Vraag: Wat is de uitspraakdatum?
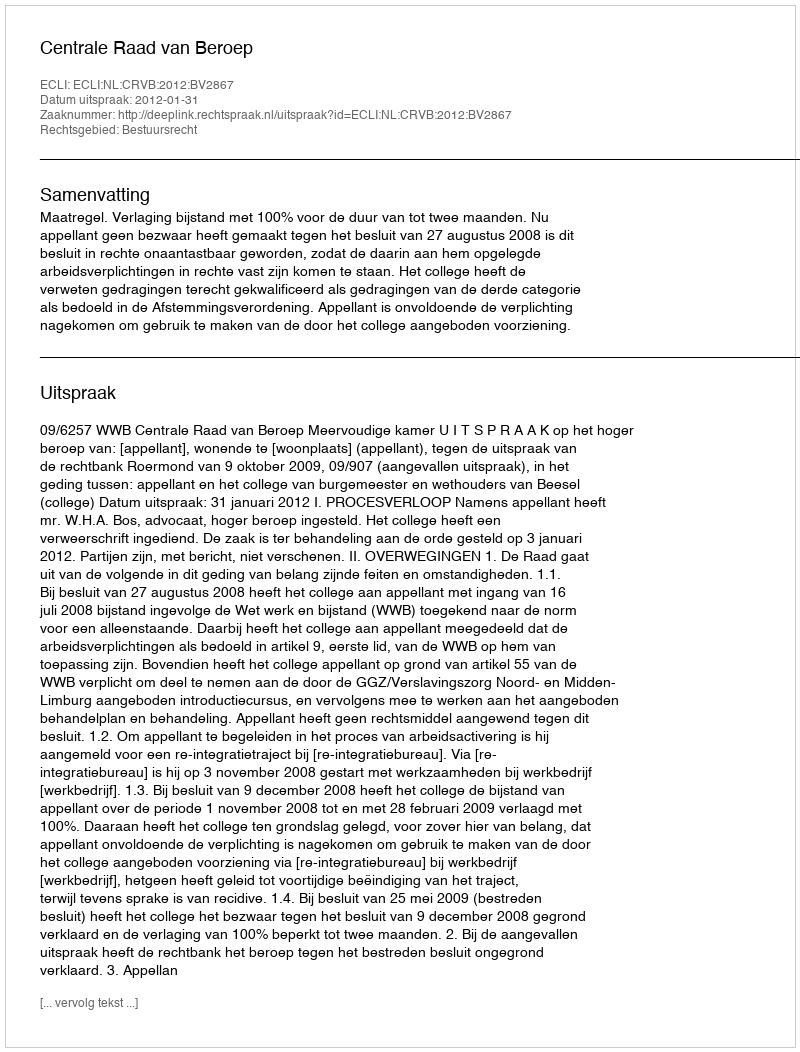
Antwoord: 2012-01-31